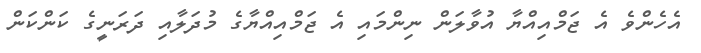
އެހެންވެ އެ ޖަމްއިއްޔާ އުވާލަން ނިންމައި އެ ޖަމްއިއްޔާގެ މުދަލާއި ދަރަނީގެ ކަންކަން